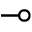
\multimap